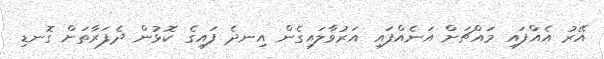
އޭރު އެއްފައި މައްޗަށް އަނެއްފައި އަރުވާލައިގެން އިނދެ ފައިގެ ކޮޅުން ދެފަރާތަށް ގޮނޑި